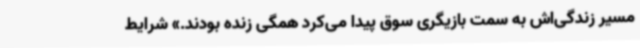
مسیر زندگی‌اش به سمت بازیگری سوق پیدا می‌کرد همگی زنده بودند.» شرایط